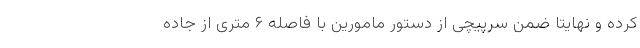
کرده و نهایتاً ضمن سرپیچی از دستور مامورین با فاصله ۶ متری از جاده